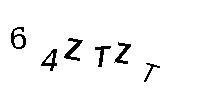
64ZTZT